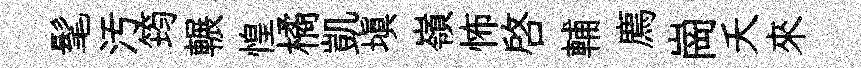
髦汚筠輾惶橘凱填嶺怖啓輔廌崗夭來